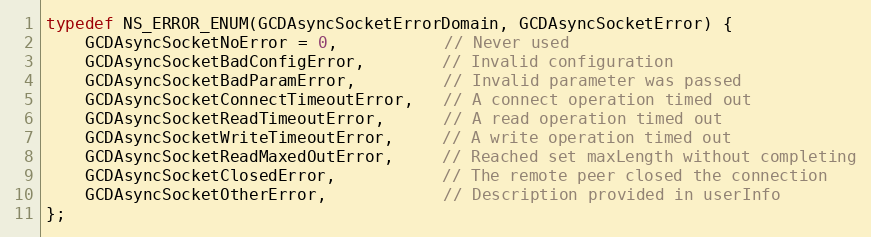
Language: C
typedef NS_ERROR_ENUM(GCDAsyncSocketErrorDomain, GCDAsyncSocketError) {
	GCDAsyncSocketNoError = 0,           // Never used
	GCDAsyncSocketBadConfigError,        // Invalid configuration
	GCDAsyncSocketBadParamError,         // Invalid parameter was passed
	GCDAsyncSocketConnectTimeoutError,   // A connect operation timed out
	GCDAsyncSocketReadTimeoutError,      // A read operation timed out
	GCDAsyncSocketWriteTimeoutError,     // A write operation timed out
	GCDAsyncSocketReadMaxedOutError,     // Reached set maxLength without completing
	GCDAsyncSocketClosedError,           // The remote peer closed the connection
	GCDAsyncSocketOtherError,            // Description provided in userInfo
};